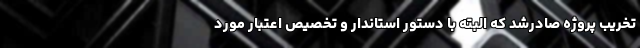
تخریب پروژه صادرشد که البته با دستور استاندار و تخصیص اعتبار مورد